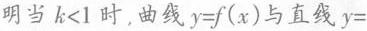
明当 $$k < 1$$ 时，曲线 $$y = f ( x )$$ 与直线 $$y =